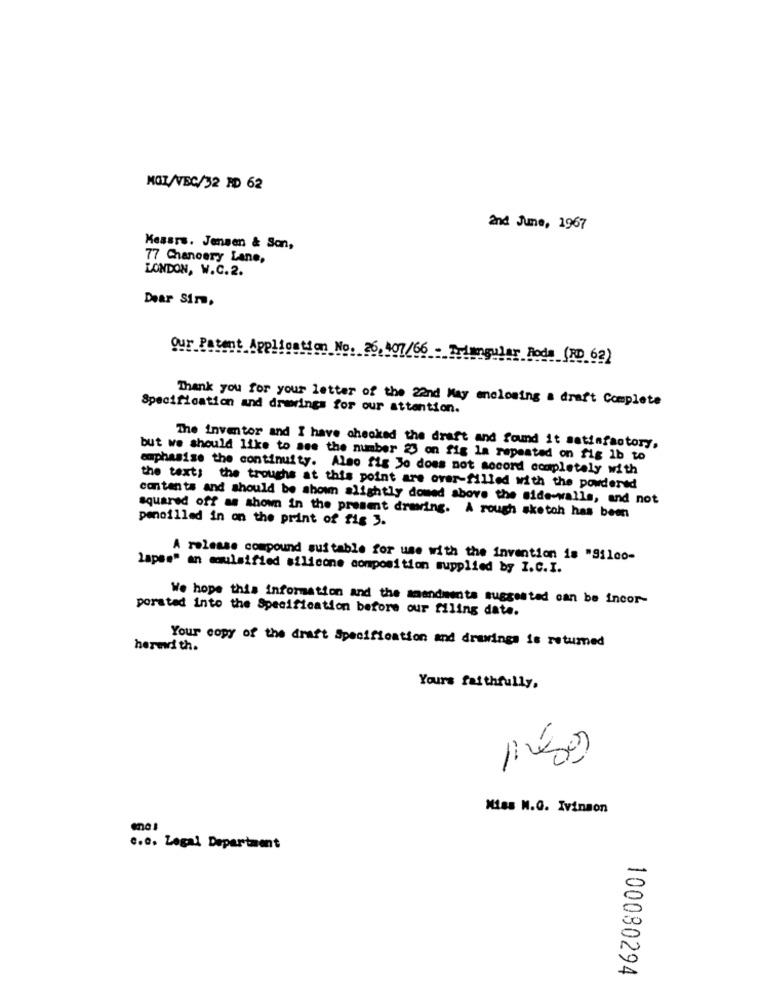
MOZ/VEC/32 RD 62
and June, 1967
Measrs. Jensen & Son,
77 Chancery Lane,
LONDON, W.C.2.
Dear Sir,
Our Patent
Application No. 26, 407/66 - Triangular Rode (RD 62)
Thank you for your letter of the 22nd May enclosing a draft Complete
Specification and drawings for our attention.
The inventor and I have checked the draft and found it satisfactory.
but we should like to see the member 2 on fig la repeated on fig 1b to
emphasise the continuity. Also fig Jo does not accord completely with
the text: the troughs at this point are over-filled with the powdered
contents and should be shown slightly domed above the side-walls, and not
pencilled in on the print of fig 3.
squared off as shown in the present drawing. A rough skotoh has been
A release compound suitable for use with the invention is "911co-
lapse" an moulsified silicone composition supplied by I.C.I.
We hope this information and the amendments suggested can be incor-
porated into the Specification before our filing date.
hered th.
Your copy of the draft Specification and drawings is retumed
Yours faithfully,
Miss M.G. Ivinson
c.c. Legal Department
100080294